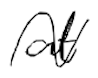
Text: at
Cross-out: wave
Writing tool: digital_black